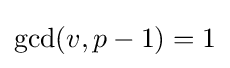
\gcd(v,p-1)=1